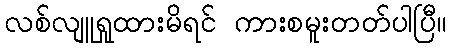
လစ်လျူရှုထားမိရင် ကားစမူးတတ်ပါပြီ။